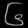
Digit: ၆